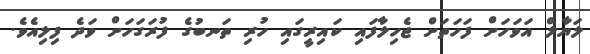
ލަޔާލް އަވަހަށް ފަހަތަށް ޖެހިލާފައި ކައިރީގައި ހުރި ތަނބުގެ ފުރަގަހަށް ވަދެ ފިލިއެވެ.